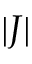
| J |